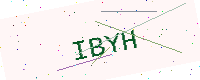
Text: IBYH